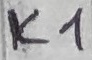
Text: K1